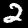
Label: 2